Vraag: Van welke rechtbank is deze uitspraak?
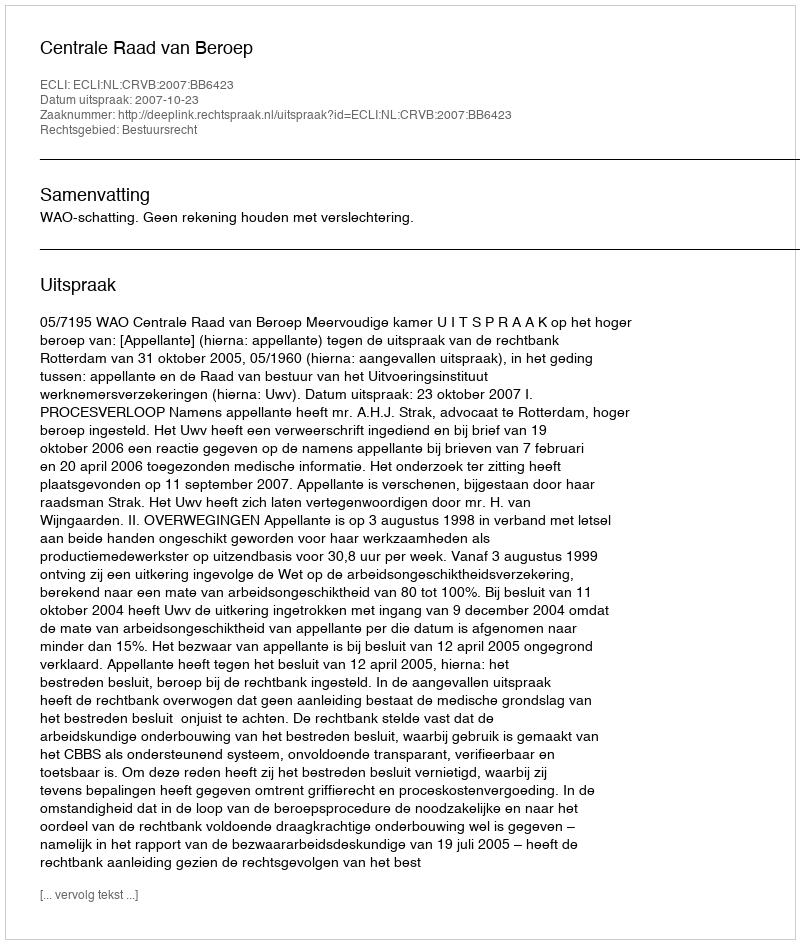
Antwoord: Centrale Raad van Beroep